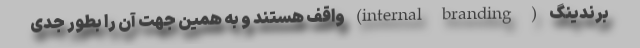
برندینگ ( internal branding) واقف هستند و به همین جهت آن را بطور جدی